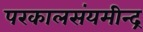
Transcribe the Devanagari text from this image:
परकालसंयमीन्द्र